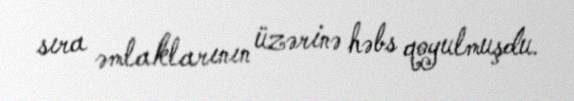
sıra əmlaklarının üzərinə həbs qoyulmuşdu.